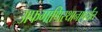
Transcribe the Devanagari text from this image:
अफगाणिस्थानापर्यंत